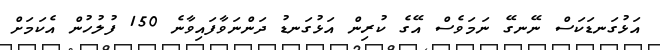
އަޅުގަނޑަކަސް ނޭނގޭ ނަމަވެސް އޭގެ ކުރިން އަޅުގަނޑު ދަންނަވާފައިވާނެ 150 ފުލުހުން އެކަމަށް